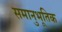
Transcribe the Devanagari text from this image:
समानुभूतिक